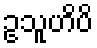
ဥသူဟိပိ